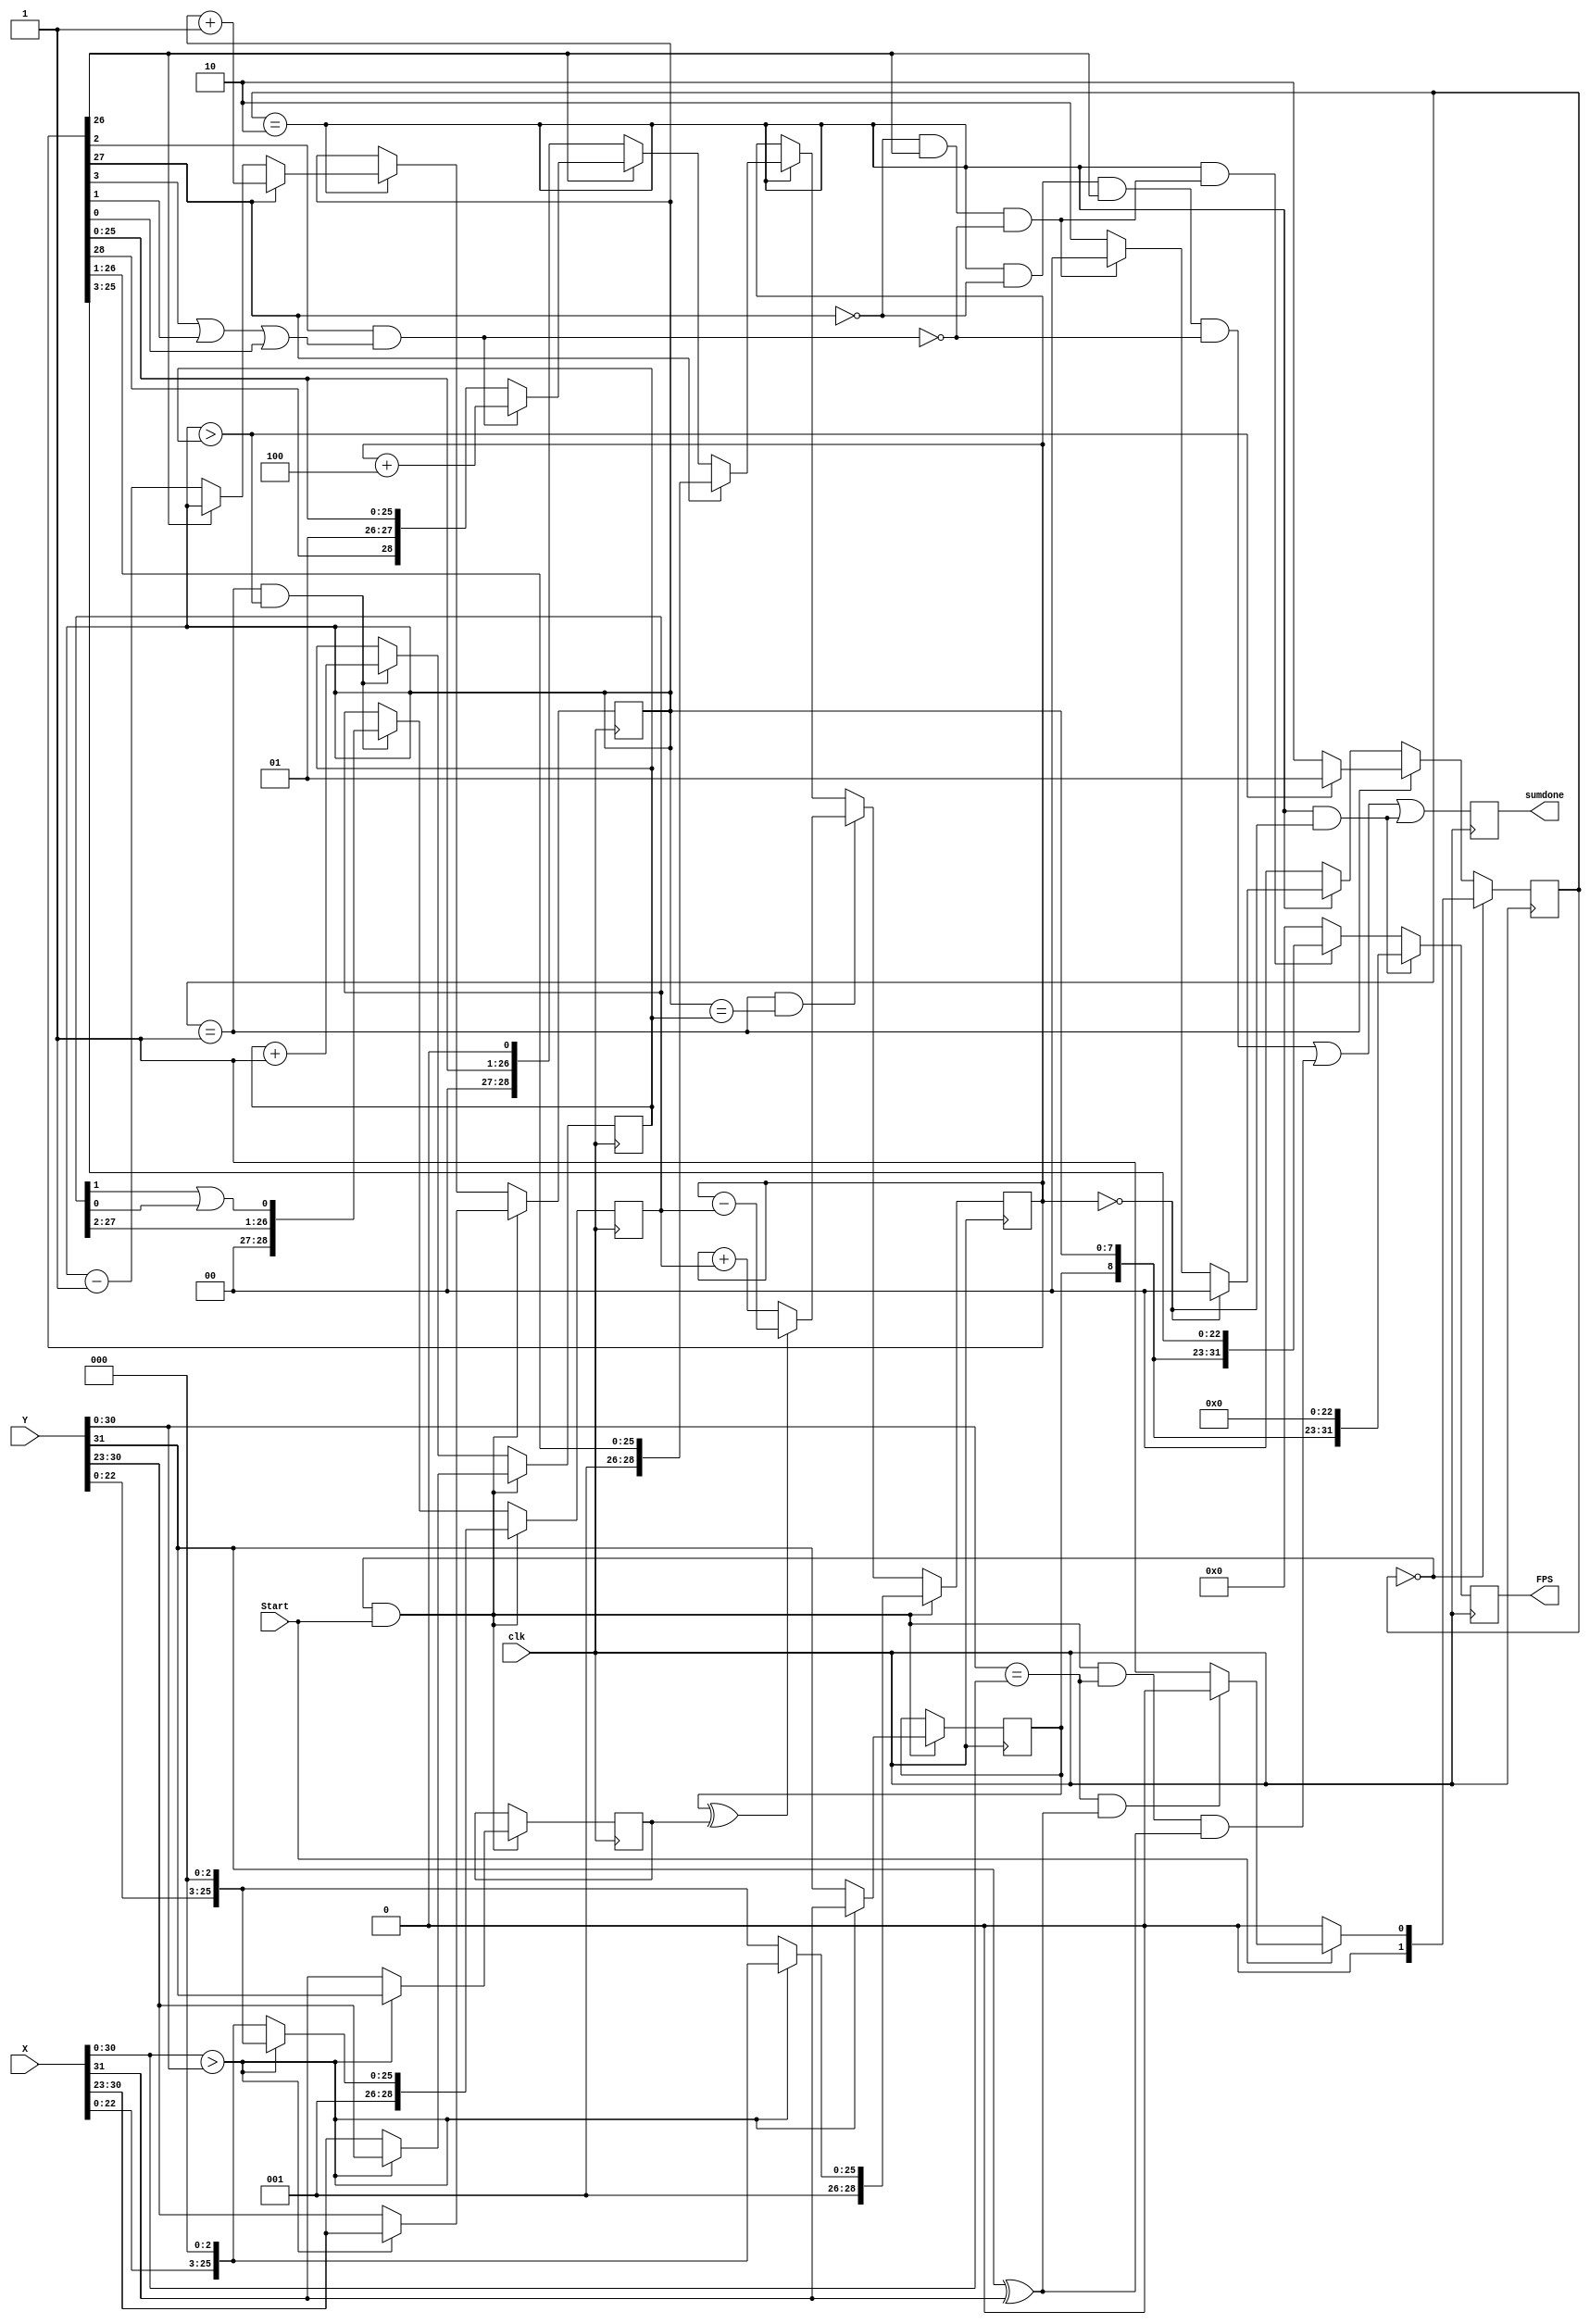
module FPaddsub(clk,Start,Y,X,sumdone,FPS);
input clk, Start;
input [31:0] X,Y;
output reg sumdone;
//output [31:0] FPS;
output reg [31:0] FPS;


reg [7:0] eA,eB;
reg [28:0] A,B;
reg sA,sB;

reg [1:0] state;
wire Wait, Norm, Rnd;
assign Wait = (state==0);
assign Norm = (state==1);
assign Rnd = (state==2);

wire Rneed;

always @(posedge clk)
	begin
		state <= Wait ? (Start ? ( (Y[30:0] == X[30:0])&(Y[31]^X[31]) ? 0 : 1 ) : 0) :
				 Norm ? ( (eA > eB) ? 1 : 2 ) :
				 Rnd ? ( (A==0) ? 0 : (~A[27]&A[26]&~Rneed) ? 0 : 2 ) : 0;
		sA <= Wait&Start ? ((X[30:0] > Y[30:0]) ? X[31] : Y[31] ) : sA;
		sB <= Wait&Start ? ((X[30:0] > Y[30:0]) ? Y[31] : X[31] ) : sB;
		eA <= Wait&Start ? ((X[30:0] > Y[30:0]) ? X[30:23] : Y[30:23] ) : 
				Rnd ? (A[27] ? eA+1 : ~A[26] ? eA - 1 : eA) : eA;
		eB <=  Wait&Start ? ((X[30:0] > Y[30:0]) ? Y[30:23] : X[30:23] ) :
				Norm & (eA > eB) ? eB + 1 : eB;
		A  <=  Wait&Start ? ((X[30:0] > Y[30:0]) ? {2'd1,X[22:0],3'd0} : {2'd1,Y[22:0],3'd0} ) :
				Norm & (eA == eB) ? ( (sA^sB) ? A-B : A+B ) :
				Rnd ? (A[27] ? {1'd0, A[27:1]} : ~A[26] ? {A[26:0],1'd0} : Rneed ? A+4 : A) : A;
		B  <= Wait&Start ? ((X[30:0] > Y[30:0]) ? {2'd1,Y[22:0],3'd0} : {2'd1,X[22:0],3'd0} ) :
				Norm & (eA > eB) ? {1'd0,B[27:2],(B[1]|B[0])} : B;
		FPS <= Rnd&(A==0) ? {sA,eA,23'd0} : Rnd&(~A[27]&A[26]&~Rneed) ? {sA,eA,A[25:3]} : 0;
		sumdone <= Rnd&~A[27]&A[26]&~Rneed | Wait&Start&(Y[30:0] == X[30:0])&(Y[31]^X[31])|Rnd&(A==0);
	end
//assign FPS = {sA,eA,A[25:3]};
//assign FPS = {sB,eB,B[25:3]};
assign Rneed = A[2]&(A[3]|A[1]|A[0]);


endmodule